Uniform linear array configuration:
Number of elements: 16
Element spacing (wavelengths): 0.25
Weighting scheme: blackman
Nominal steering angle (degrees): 0
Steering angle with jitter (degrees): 1.458
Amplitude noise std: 0.05
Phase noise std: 0.05

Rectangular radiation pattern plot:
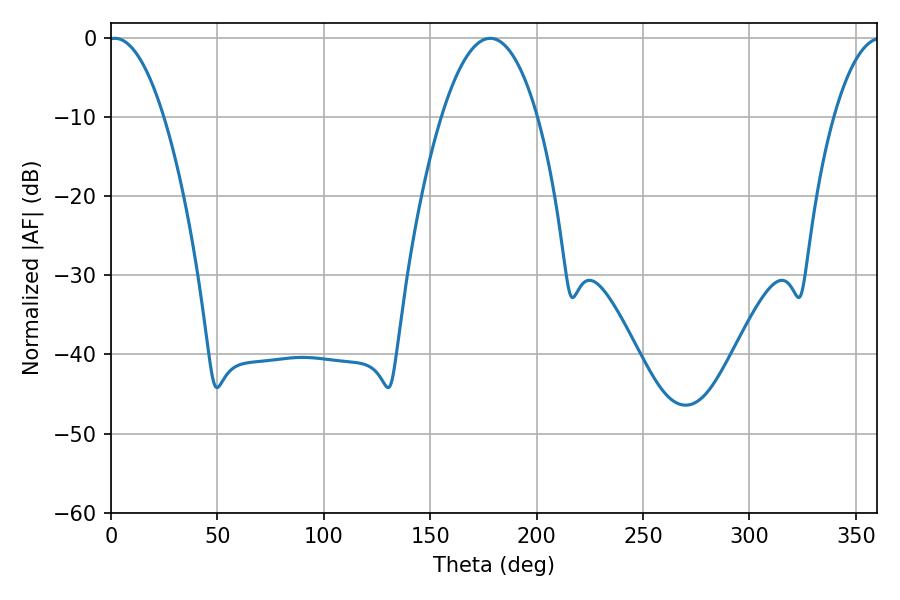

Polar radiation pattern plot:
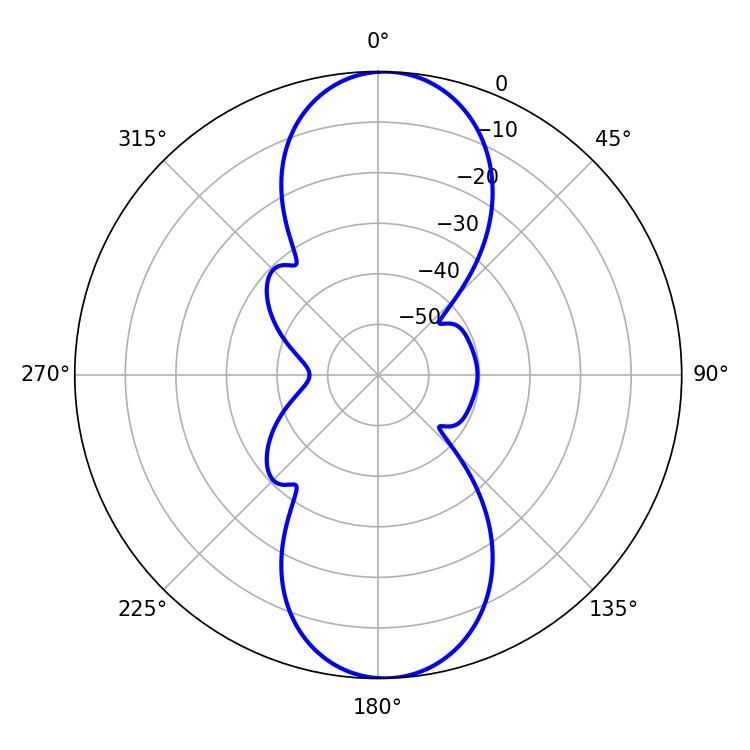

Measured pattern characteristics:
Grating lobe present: FALSE
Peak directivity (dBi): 17.862
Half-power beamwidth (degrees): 14.4
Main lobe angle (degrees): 1.8